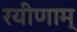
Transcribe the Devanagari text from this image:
रयीणाम्